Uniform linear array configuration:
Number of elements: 48
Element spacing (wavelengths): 0.25
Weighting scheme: kaiser
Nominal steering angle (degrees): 0
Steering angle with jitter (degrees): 1.673
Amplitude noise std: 0.05
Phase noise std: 0.05

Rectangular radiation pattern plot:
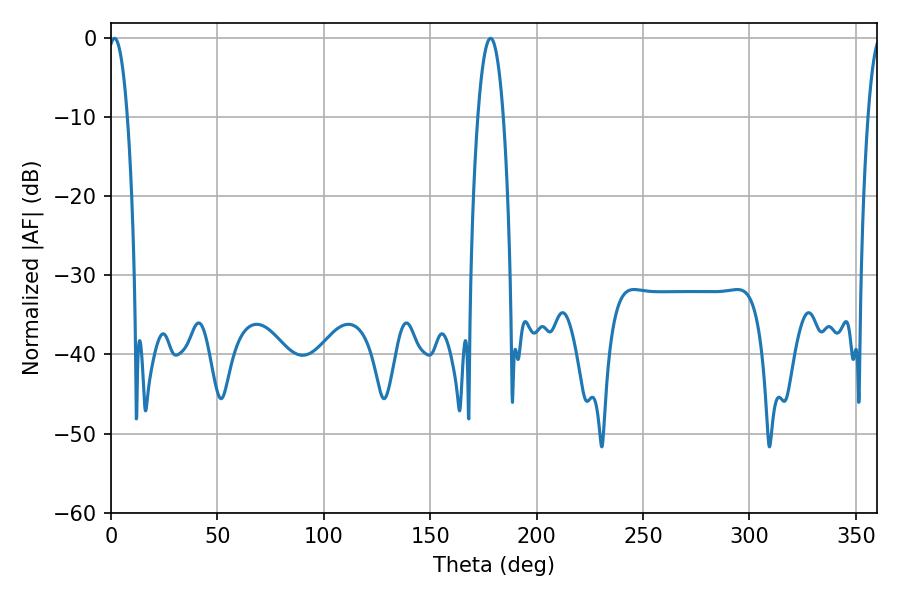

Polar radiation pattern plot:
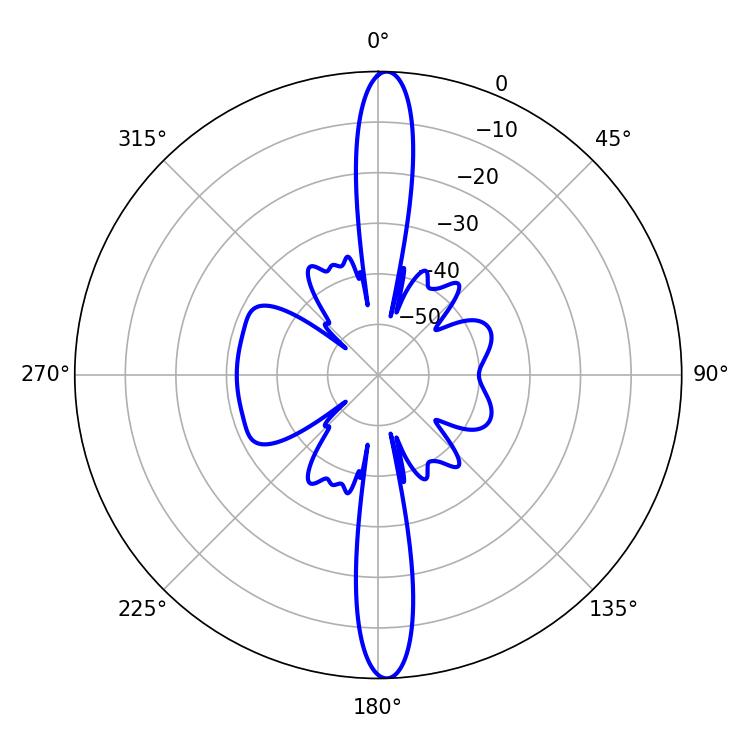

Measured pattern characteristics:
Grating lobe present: FALSE
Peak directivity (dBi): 24.745
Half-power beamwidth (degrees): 5.04
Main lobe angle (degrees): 1.62